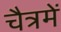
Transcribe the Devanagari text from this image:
चैत्रमें